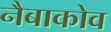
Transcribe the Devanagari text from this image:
नैबाकोव